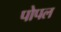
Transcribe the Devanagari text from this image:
पोपल